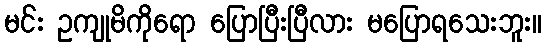
မင်း ဥကျုမိကိုရော ပြောပြီးပြီလား မပြောရသေးဘူး။